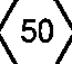
(50)